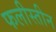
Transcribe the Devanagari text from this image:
फलीस्‍तीन